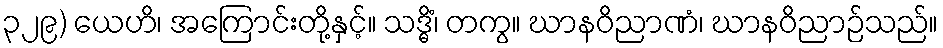
၃၂၉) ယေဟိ၊ အကြောင်းတို့နှင့်။ သဒ္ဓိံ၊ တကွ။ ဃာနဝိညာဏံ၊ ဃာနဝိညာဉ်သည်။